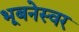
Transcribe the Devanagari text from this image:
भूबनेस्वर